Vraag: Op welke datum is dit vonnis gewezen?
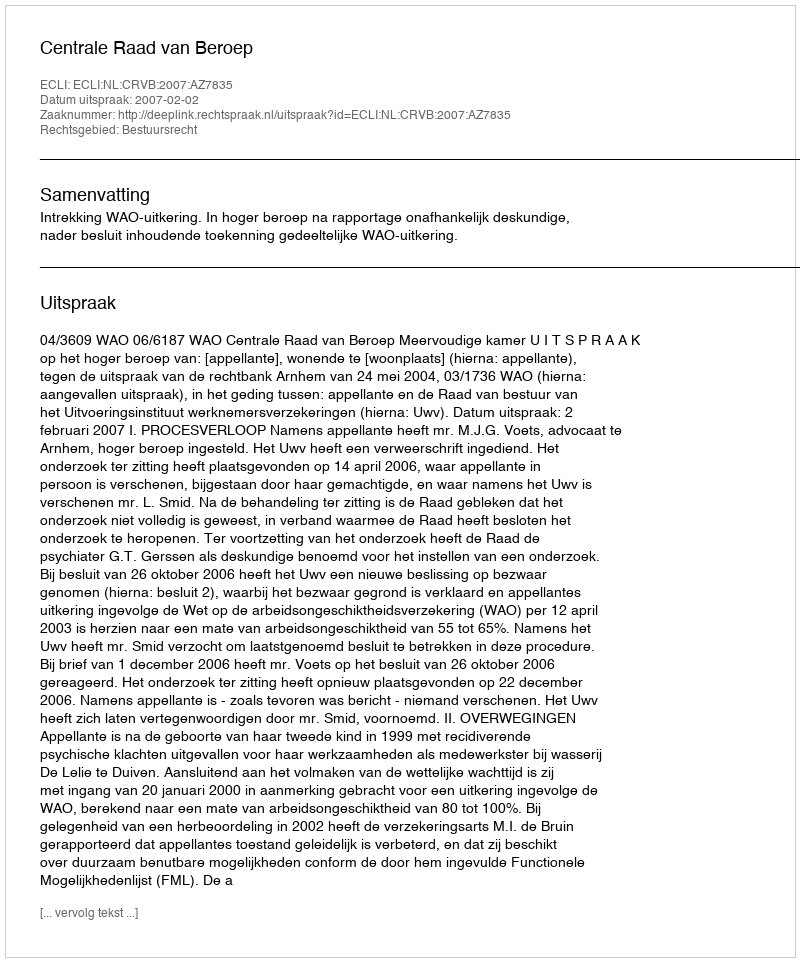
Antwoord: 2007-02-02